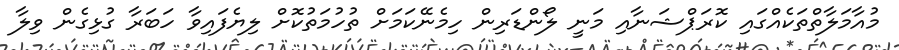
މުއާމަލާތްތަކެއްގައި ކޮރަޕްޝަނާއި މަނީ ލޯންޑަރިން ހިމެނޭކަމަށް ތުހުމަތުކޮށް ލިޔެފައިވާ ހަބަރާ ގުޅިގެން ވިލާ